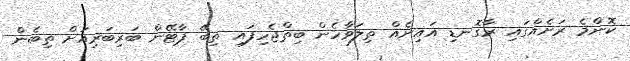
ކޮންމެ ރަށެއްގައި ރާގޮނޑި އައިނެއް ތިލަވާހެން ބިތްޖެހިފައި ތިބޭ ޕާޓޭން ބަރިބަރިއަށް ތިބެން